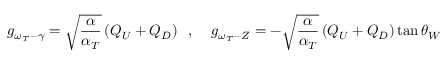
g _ { \omega _ { T } - \gamma } = \sqrt { \frac { \alpha } { \alpha _ { T } } } \left( Q _ { U } + Q _ { D } \right) \; \; , \; \; \; \; g _ { \omega _ { T } - Z } = - \sqrt { \frac { \alpha } { \alpha _ { T } } } \left( Q _ { U } + Q _ { D } \right) \tan \theta _ { W }